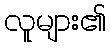
လူများ၏